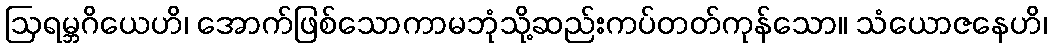
ဩရမ္ဘဂိယေဟိ၊ အောက်ဖြစ်သောကာမဘုံသို့ဆည်းကပ်တတ်ကုန်သော။ သံယောဇနေဟိ၊